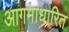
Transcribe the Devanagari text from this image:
आगमाधारित